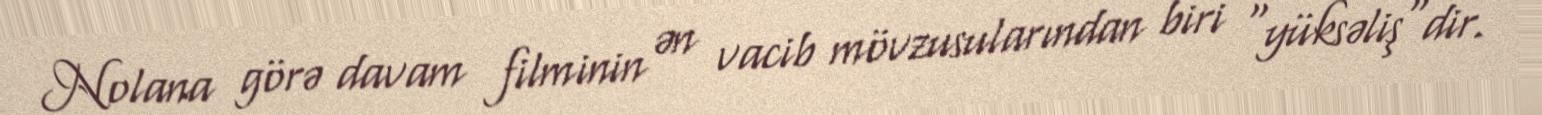
Nolana görə davam filminin ən vacib mövzusularından biri "yüksəliş"dir.